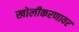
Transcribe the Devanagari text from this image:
खोलीकरणावर